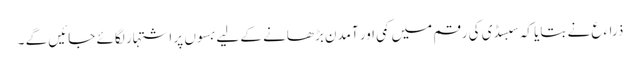
ذراءع نے بتایا کہ سبسڈی کی رقم میں کمی اور آمدن بڑھانے کے لیے بسوں پر اشتہار لگائے جائیں گے ۔